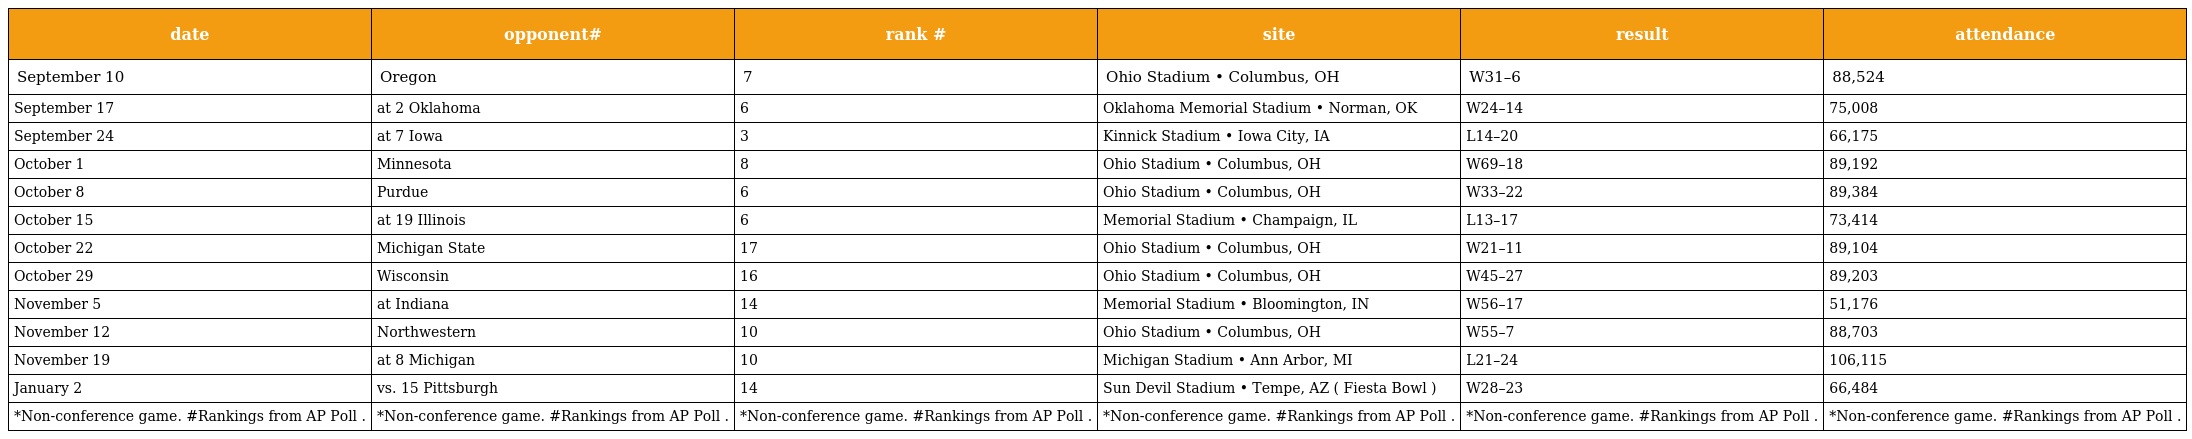
| date | opponent# | rank # | site | result | attendance |
 | --- | --- | --- | --- | --- | --- |
 | September 10 | Oregon | 7 | Ohio Stadium • Columbus, OH | W31–6 | 88,524 |
 | September 17 | at 2 Oklahoma | 6 | Oklahoma Memorial Stadium • Norman, OK | W24–14 | 75,008 |
 | September 24 | at 7 Iowa | 3 | Kinnick Stadium • Iowa City, IA | L14–20 | 66,175 |
 | October 1 | Minnesota | 8 | Ohio Stadium • Columbus, OH | W69–18 | 89,192 |
 | October 8 | Purdue | 6 | Ohio Stadium • Columbus, OH | W33–22 | 89,384 |
 | October 15 | at 19 Illinois | 6 | Memorial Stadium • Champaign, IL | L13–17 | 73,414 |
 | October 22 | Michigan State | 17 | Ohio Stadium • Columbus, OH | W21–11 | 89,104 |
 | October 29 | Wisconsin | 16 | Ohio Stadium • Columbus, OH | W45–27 | 89,203 |
 | November 5 | at Indiana | 14 | Memorial Stadium • Bloomington, IN | W56–17 | 51,176 |
 | November 12 | Northwestern | 10 | Ohio Stadium • Columbus, OH | W55–7 | 88,703 |
 | November 19 | at 8 Michigan | 10 | Michigan Stadium • Ann Arbor, MI | L21–24 | 106,115 |
 | January 2 | vs. 15 Pittsburgh | 14 | Sun Devil Stadium • Tempe, AZ ( Fiesta Bowl ) | W28–23 | 66,484 |
 | *Non-conference game. #Rankings from AP Poll . | *Non-conference game. #Rankings from AP Poll . | *Non-conference game. #Rankings from AP Poll . | *Non-conference game. #Rankings from AP Poll . | *Non-conference game. #Rankings from AP Poll . | *Non-conference game. #Rankings from AP Poll . |